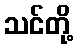
သင်တို့